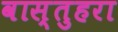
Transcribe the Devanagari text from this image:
वास्तुहरा